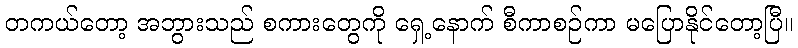
တကယ်တော့ အဘွားသည် စကားတွေကို ရှေ့နောက် စီကာစဉ်ကာ မပြောနိုင်တော့ပြီ။